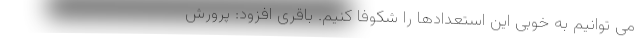
می توانیم به خوبی این استعدادها را شکوفا کنیم. باقری افزود: پرورش